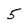
Character: 5